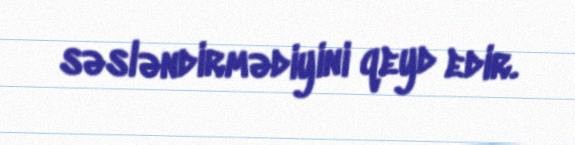
səsləndirmədiyini qeyd edir.